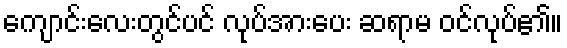
ကျောင်းလေးတွင်ပင် လုပ်အားပေး ဆရာမ ဝင်လုပ်၏။